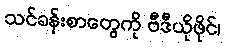
သင်ခန်းစာတွေကို ဗီဒီယိုဖိုင်၊